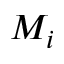
M _ { i }